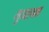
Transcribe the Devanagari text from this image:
मुधाल्वन